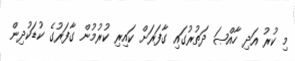
މި ކުރު އަދި ހާއްޞަ ދަތުރުގައި ގާފަރަށް ކައިރި ކުރުމުން ގާފަރުގެ ކުޑަކުދިން